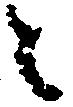
々